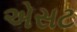
એસટ